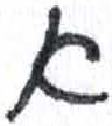
אות: א